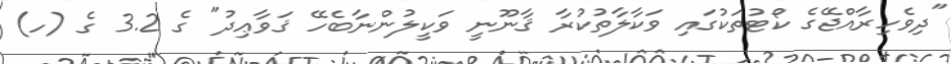
"ދިވެހިރާއްޖޭގެ ކޯޓުތަކުގައި ވަކާލާތުކުރާ ޤާނޫނީ ވަކީލުންނާބެހޭ ޤަވާޢިދު" ގެ 3.2 ގެ (ހ)